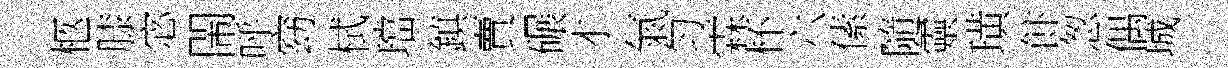
柩膝宓閙呼窈栻璫鎮賣碾才氣匀霖杯六傃隨靈璜飰怱偶城